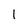
Character: 1